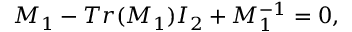
M _ { 1 } - T r ( M _ { 1 } ) { \cal I } _ { 2 } + M _ { 1 } ^ { - 1 } = 0 ,